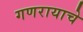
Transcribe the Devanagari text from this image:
गणरायाचे